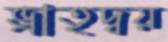
ভ্রাতৃদ্বয়